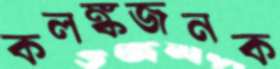
কলঙ্কজনক